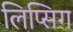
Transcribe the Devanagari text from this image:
लिप्सिग